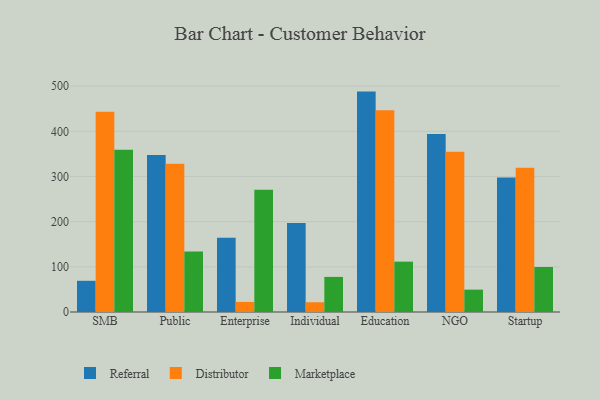
{"axis": {"x": "Segment", "y": "Revenue (USD Million)"}, "legend": ["Distributor", "Marketplace", "Referral"], "data": [{"x": "SMB", "y": 69.1, "type": "Referral"}, {"x": "SMB", "y": 443.6, "type": "Distributor"}, {"x": "SMB", "y": 359.5, "type": "Marketplace"}, {"x": "Public", "y": 347.7, "type": "Referral"}, {"x": "Public", "y": 328.2, "type": "Distributor"}, {"x": "Public", "y": 133.9, "type": "Marketplace"}, {"x": "Enterprise", "y": 164.5, "type": "Referral"}, {"x": "Enterprise", "y": 22.3, "type": "Distributor"}, {"x": "Enterprise", "y": 270.9, "type": "Marketplace"}, {"x": "Individual", "y": 196.9, "type": "Referral"}, {"x": "Individual", "y": 21.6, "type": "Distributor"}, {"x": "Individual", "y": 77.7, "type": "Marketplace"}, {"x": "Education", "y": 488.0, "type": "Referral"}, {"x": "Education", "y": 446.8, "type": "Distributor"}, {"x": "Education", "y": 111.5, "type": "Marketplace"}, {"x": "NGO", "y": 394.3, "type": "Referral"}, {"x": "NGO", "y": 354.8, "type": "Distributor"}, {"x": "NGO", "y": 49.5, "type": "Marketplace"}, {"x": "Startup", "y": 297.8, "type": "Referral"}, {"x": "Startup", "y": 319.2, "type": "Distributor"}, {"x": "Startup", "y": 99.7, "type": "Marketplace"}]}